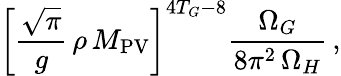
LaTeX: \left[\frac{\sqrt{\pi}}{g}\, \rho\, M_{\mathrm{PV}}\right]^{4T_{G}-8}\frac{\Omega_{G}}{8\pi^{2}\, \Omega_{H}}\, ,